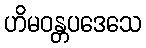
ဟိမဝန္တပဒေသေ